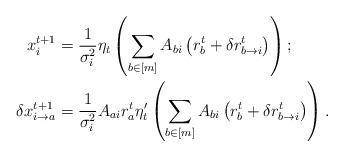
LaTeX: \begin{align*}x_{i}^{t+1} & =\frac{1}{\sigma_{i}^{2}}\eta_{t}\left(\sum_{b\in[m]}A_{bi}\left(r_{b}^{t}+\delta r_{b\rightarrow i}^{t}\right)\right);\\\delta x_{i\rightarrow a}^{t+1} & =\frac{1}{\sigma_{i}^{2}}A_{ai}r_{a}^{t}\eta'_{t}\left(\sum_{b\in[m]}A_{bi}\left(r_{b}^{t}+\delta r_{b\rightarrow i}^{t}\right)\right).\end{align*}